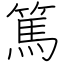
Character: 篤